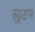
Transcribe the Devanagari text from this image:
लुटन